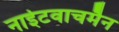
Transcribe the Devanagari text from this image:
नाईटवाचमैन